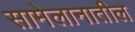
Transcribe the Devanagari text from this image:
सामेलानातील